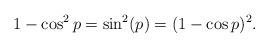
\begin{align*}1-\cos^2p=\sin^2(p)=(1-\cos p)^2. \end{align*}